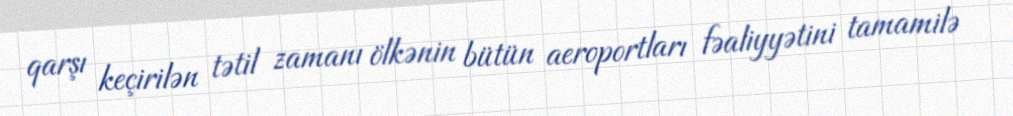
qarşı keçirilən tətil zamanı ölkənin bütün aeroportları fəaliyyətini tamamilə